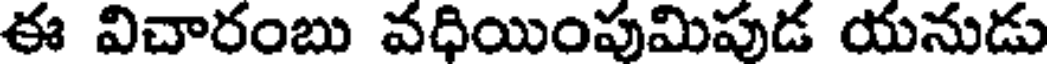
ఈ విచారంబు వధియింపుమిపుడ యనుడు